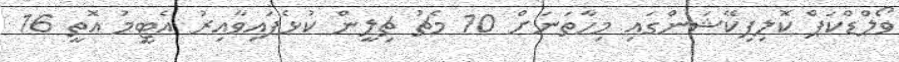
ވޯލްޑްކަޕް ކޮލިފިކޭޝަންގައި މިހާތަނަށް 10 މެޗު ޗިލީން ކުޅެފައިވާއިރު އެޓީމު އޮތީ 16